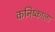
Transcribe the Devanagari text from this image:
कनिष्काला